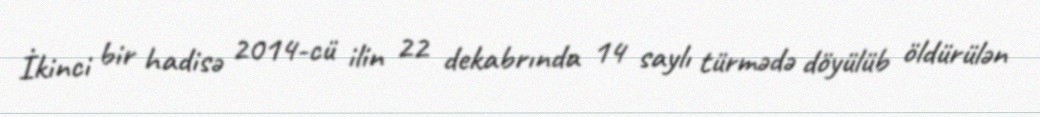
İkinci bir hadisə 2014-cü ilin 22 dekabrında 14 saylı türmədə döyülüb öldürülən